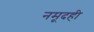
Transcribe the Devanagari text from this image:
नमूदही